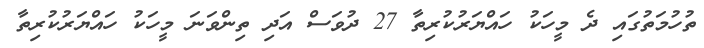
ތުހުމަތުގައި ދެ މީހަކު ހައްޔަރުކުރިތާ 27 ދުވަސް އަދި ތިންވަނަ މީހަކު ހައްޔަރުކުރިތާ